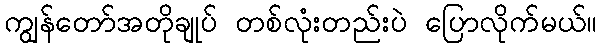
ကျွန်တော်အတိုချုပ် တစ်လုံးတည်းပဲ ပြောလိုက်မယ်။